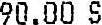
90.00 S